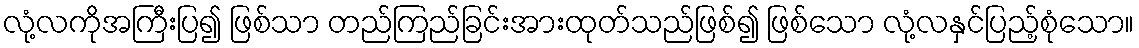
လုံ့လကိုအကြီးပြ၍ ဖြစ်သာ တည်ကြည်ခြင်းအားထုတ်သည်ဖြစ်၍ ဖြစ်သော လုံ့လနှင်ပြည့်စုံသော။